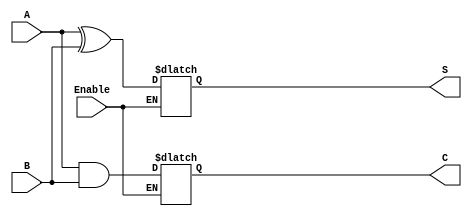
module Conditional_Half_Adder (
    input wire A,         // First input bit
    input wire B,         // Second input bit
    input wire Enable,    // Control signal
    output reg S,         // Sum output
    output reg C          // Carry output
);

    // Always block to handle the conditional addition
    always @(*) begin
        if (Enable) begin
            S = A ^ B;    // Sum calculation (XOR)
            C = A & B;    // Carry calculation (AND)
        end else begin
            // Retain previous values of S and C
            // No assignment needed here, as S and C are reg types
            // They will hold their last values automatically
            S = S;        // Retain previous sum
            C = C;        // Retain previous carry
        end
    end

endmodule